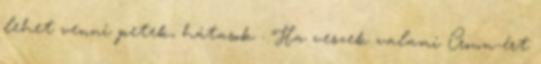
lehet venni petek, hátasok . Ha veszek valami Crown-ért